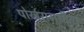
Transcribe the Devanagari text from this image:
पोखरामधील